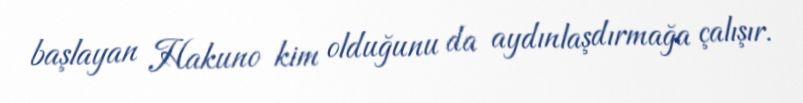
başlayan Hakuno kim olduğunu da aydınlaşdırmağa çalışır.